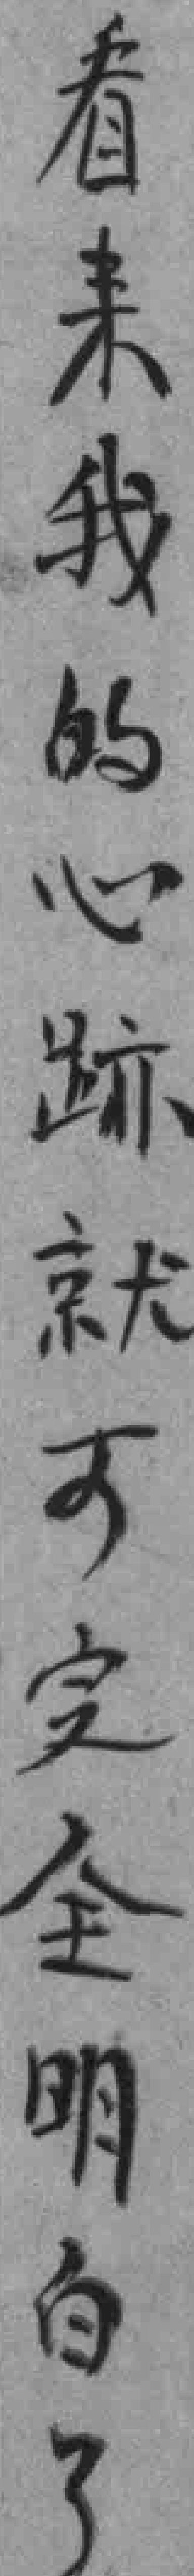
看来我的心跡就可完全明白了